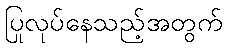
ပြုလုပ်နေသည့်အတွက်